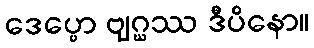
ဒေပ္ပော ဗျဂ္ဃဿ ဒီပိနော။